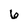
Character: 6